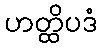
ဟတ္ထိပဒံ